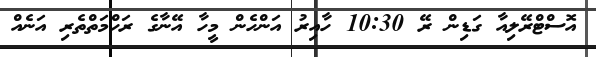
އޮސްޓްރޭލިއާ ގަޑިން ރޭ 10:30 ހާއިރު އަންހެން މީހާ އޭނާގެ ރަހްމަތްތެރި އަނެއް